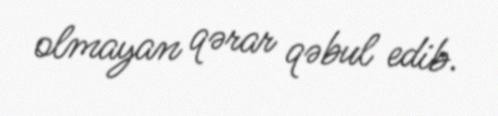
olmayan qərar qəbul edib.